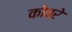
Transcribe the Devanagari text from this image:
कोबरे